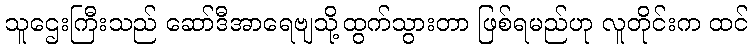
သူဌေးကြီးသည် ဆော်ဒီအာရေဗျသို့ထွက်သွားတာ ဖြစ်ရမည်ဟု လူတိုင်းက ထင်